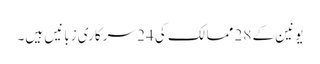
یونین کے 28 ممالک کی 24 سرکاری زبانیں ہیں۔